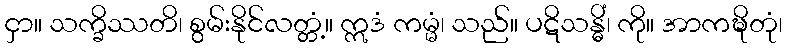
ငှာ။ သက္ခိဿတိ၊ စွမ်းနိုင်လတ္တံ့။ ဣဒံ ကမ္မံ၊ သည်။ ပဋိသန္ဓိံ၊ ကို။ အာကဍ္ဎိတုံ၊